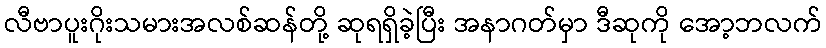
လီဗာပူးဂိုးသမားအလစ်ဆန်တို့ ဆုရရှိခဲ့ပြီး အနာဂတ်မှာ ဒီဆုကို အော့ဘလက်